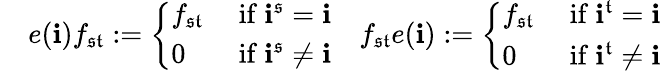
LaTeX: \begin{array}{rlr}&{e(\mathbf{i})f_{\mathfrak{s}\mathfrak{t}}:=\left\{ \begin{array}{ll}{f_{\mathfrak{s}\mathfrak{t}}}&{\mathrm{~if~}\mathbf{i}^{\mathfrak{s}}=\mathbf{i}}\\ {0}&{\mathrm{~if~}\mathbf{i}^{\mathfrak{s}}\neq\mathbf{i}}\end{array}\right.}&{f_{\mathfrak{s}\mathfrak{t}}e(\mathbf{i}):=\left\{ \begin{array}{ll}{f_{\mathfrak{s}\mathfrak{t}}}&{\mathrm{~if~}\mathbf{i}^{\mathfrak{t}}=\mathbf{i}}\\ {0}&{\mathrm{~if~}\mathbf{i}^{\mathfrak{t}}\neq\mathbf{i}}\end{array}\right.}\end{array}